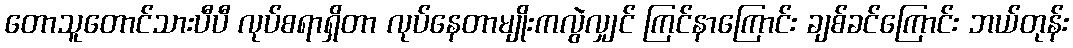
တောသူတောင်သားပီပီ လုပ်စရာရှိတာ လုပ်နေတာမျိုးကလွဲလျှင် ကြင်နာကြောင်း ချစ်ခင်ကြောင်း ဘယ်တုန်း